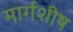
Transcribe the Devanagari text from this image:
मार्गशीष